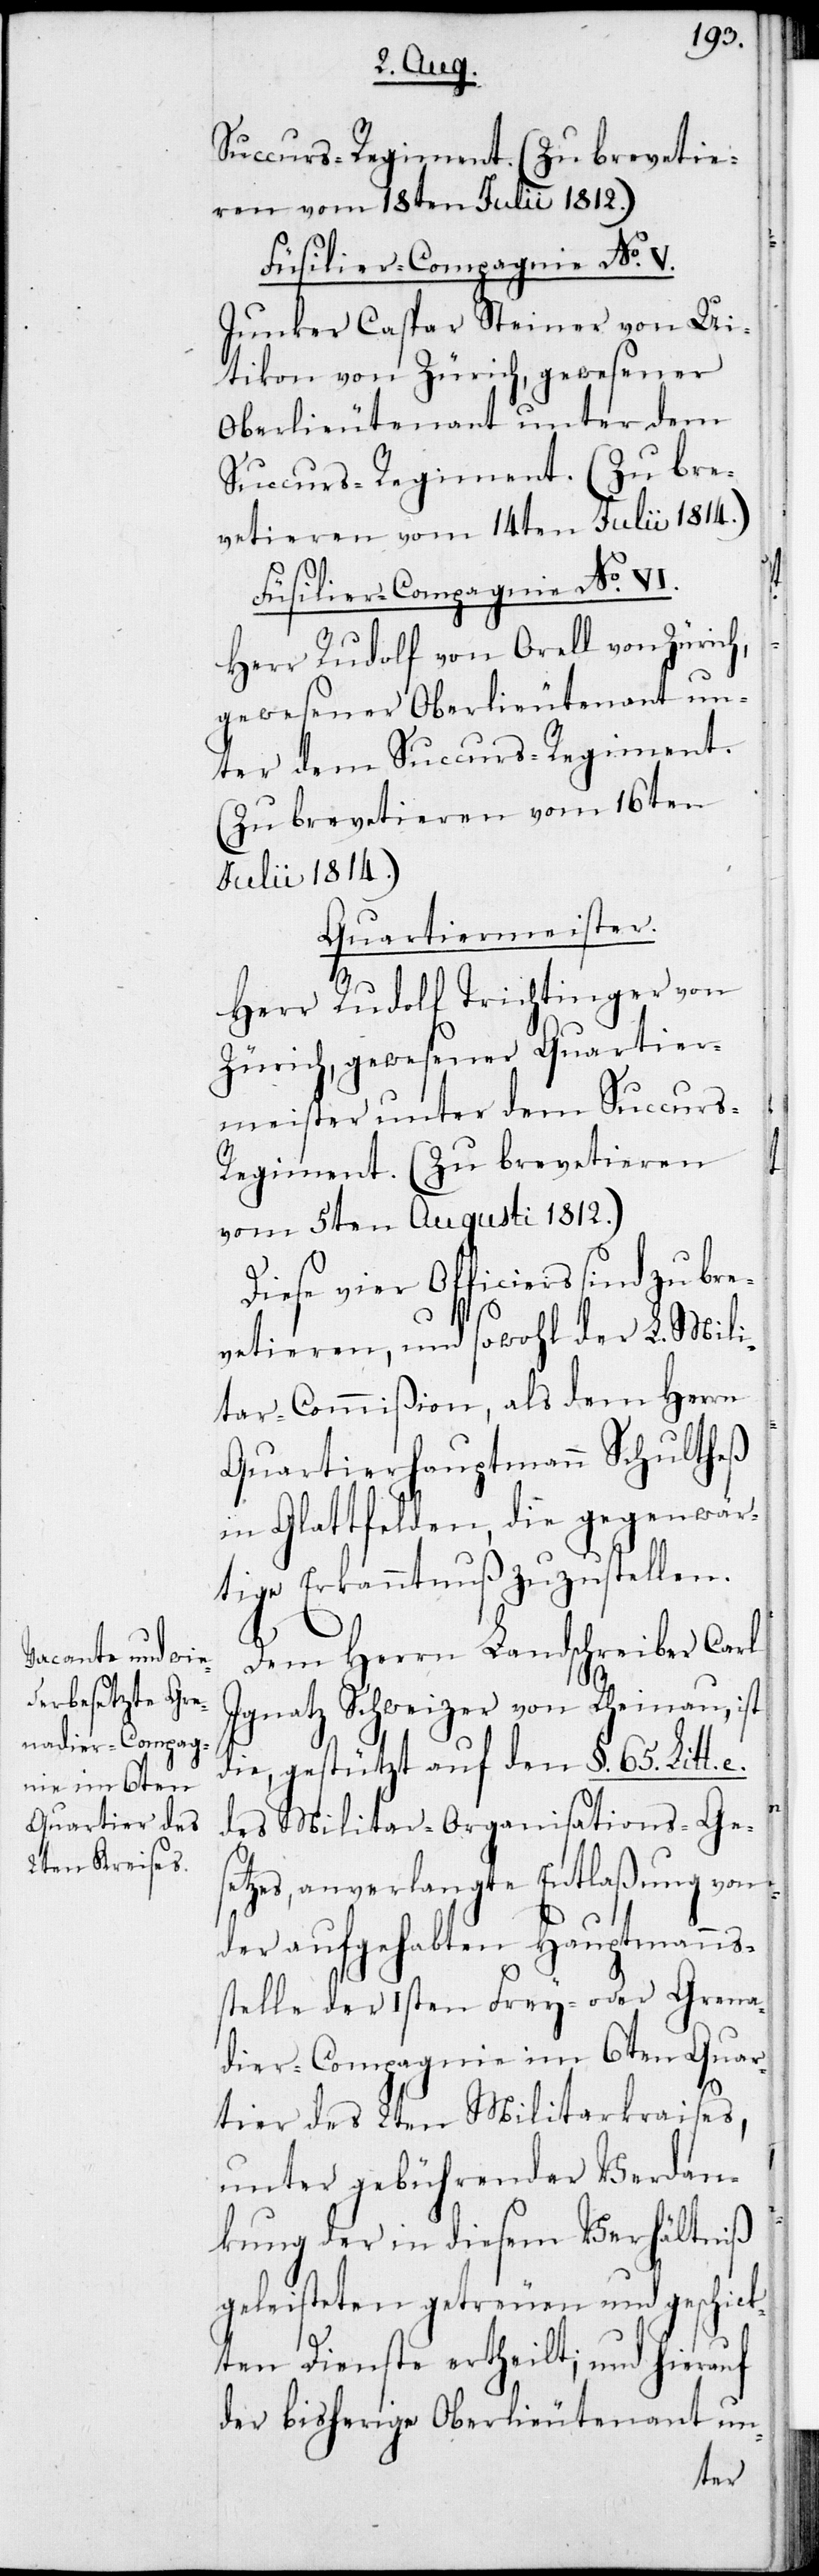
Succurs-Regiment. (Zu brevetie¬
ren vom 18ten Julii 1812.)
Füsilier-Compagnie No V.
Junker Caspar Steiner von Ui¬
tikon von Zürich, gewesener
Oberlieutenant unter dem
Succurs-Regiment. (Zu bre¬
vetieren vom 14ten Julii 1814.)
Füsilier-Compagnie No VI.
Herr Rudolf von Orell von Zürich,
gewesener Oberlieutenant un¬
ter dem Succurs-Regiment.
(Zu brevetieren vom 16ten
Julii 1814.)
Quartiermeister.
Herr Rudolf Trichtinger von
Zürich, gewesener Quartier¬
meister unter dem Succurs-R¬
egiment. (Zu brevetieren
vom 5ten Augusti 1812.)
Diese vier Officiers sind zu bre¬
vetieren, und sowohl der L. Mili¬
tar-Commißion, als dem Herrn
Quartierhauptmann Schultheß
in Glattfelden, die gegenwär¬
tige Erkanntnuß zuzustellen.
Dem Herrn Landschreiber Carl
Ignatz Schweizer von Rheinau, ist
die, gestützt auf den §. 65. Litt.
des Militar-Organisations-Ges¬
etzes, anverlangte Entlaßung von
der aufgehabten Hauptmanns¬
stelle der 1sten Frey- oder Grena¬
dier-Compagnie im 6ten Quar¬
tier des 2ten Militarkraises,
unter gebührender Verdan¬
kung der in diesem Verhältniß
geleisteten getreuen und geschick¬
ten Dienste ertheilt; und hierauf
der bisherige Oberlieutenant un-